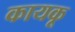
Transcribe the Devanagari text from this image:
कायकू